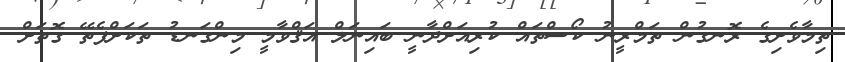
ތިމާވެށިގެ ރޮނގުން ތަމްރީނު ކޯސްތައް ކުރިއަށްދާނީ ބައިނަލް އަޤްވާމީ މިންގަނޑު ތަކަށްފެތޭ ގޮތަށް